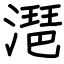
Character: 潖